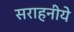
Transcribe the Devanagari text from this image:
सराहनीये